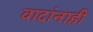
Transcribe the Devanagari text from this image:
वादांनाही